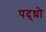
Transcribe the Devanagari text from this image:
पद्थ्रो